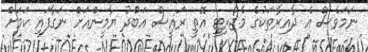
ނަމަވެސް އެ ދާއިރާތަކުގެ މެޖޯރިޓީ އޮތީ ރައީސް އަބްދު ޔާމީންއަށް ނަގާފައި ކަމަށް